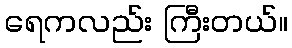
ရေကလည်း ကြီးတယ်။